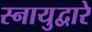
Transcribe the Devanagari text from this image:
स्नायुद्वारे